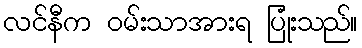
လင်နီက ဝမ်းသာအားရ ပြုံးသည်။